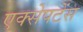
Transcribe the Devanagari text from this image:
एक्सेपटेंस